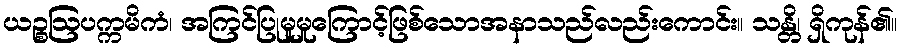
ယဉ္စဩပက္ကမိကံ၊ အကြင်ပြုမူမှုကြောင့်ဖြစ်သောအနာသည်လည်းကောင်း။ သန္တိ၊ ရှိကုန်၏။